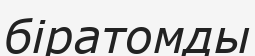
біратомды